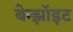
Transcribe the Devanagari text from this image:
बेन्झॉइट